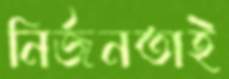
নির্জনতাই